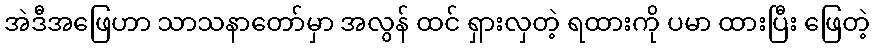
အဲဒီအဖြေဟာ သာသနာတော်မှာ အလွန် ထင် ရှားလှတဲ့ ရထားကို ပမာ ထားပြီး ဖြေတဲ့